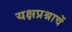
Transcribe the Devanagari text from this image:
यक्षप्रश्नाचें